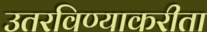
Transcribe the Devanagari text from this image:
उतरविण्याकरीता